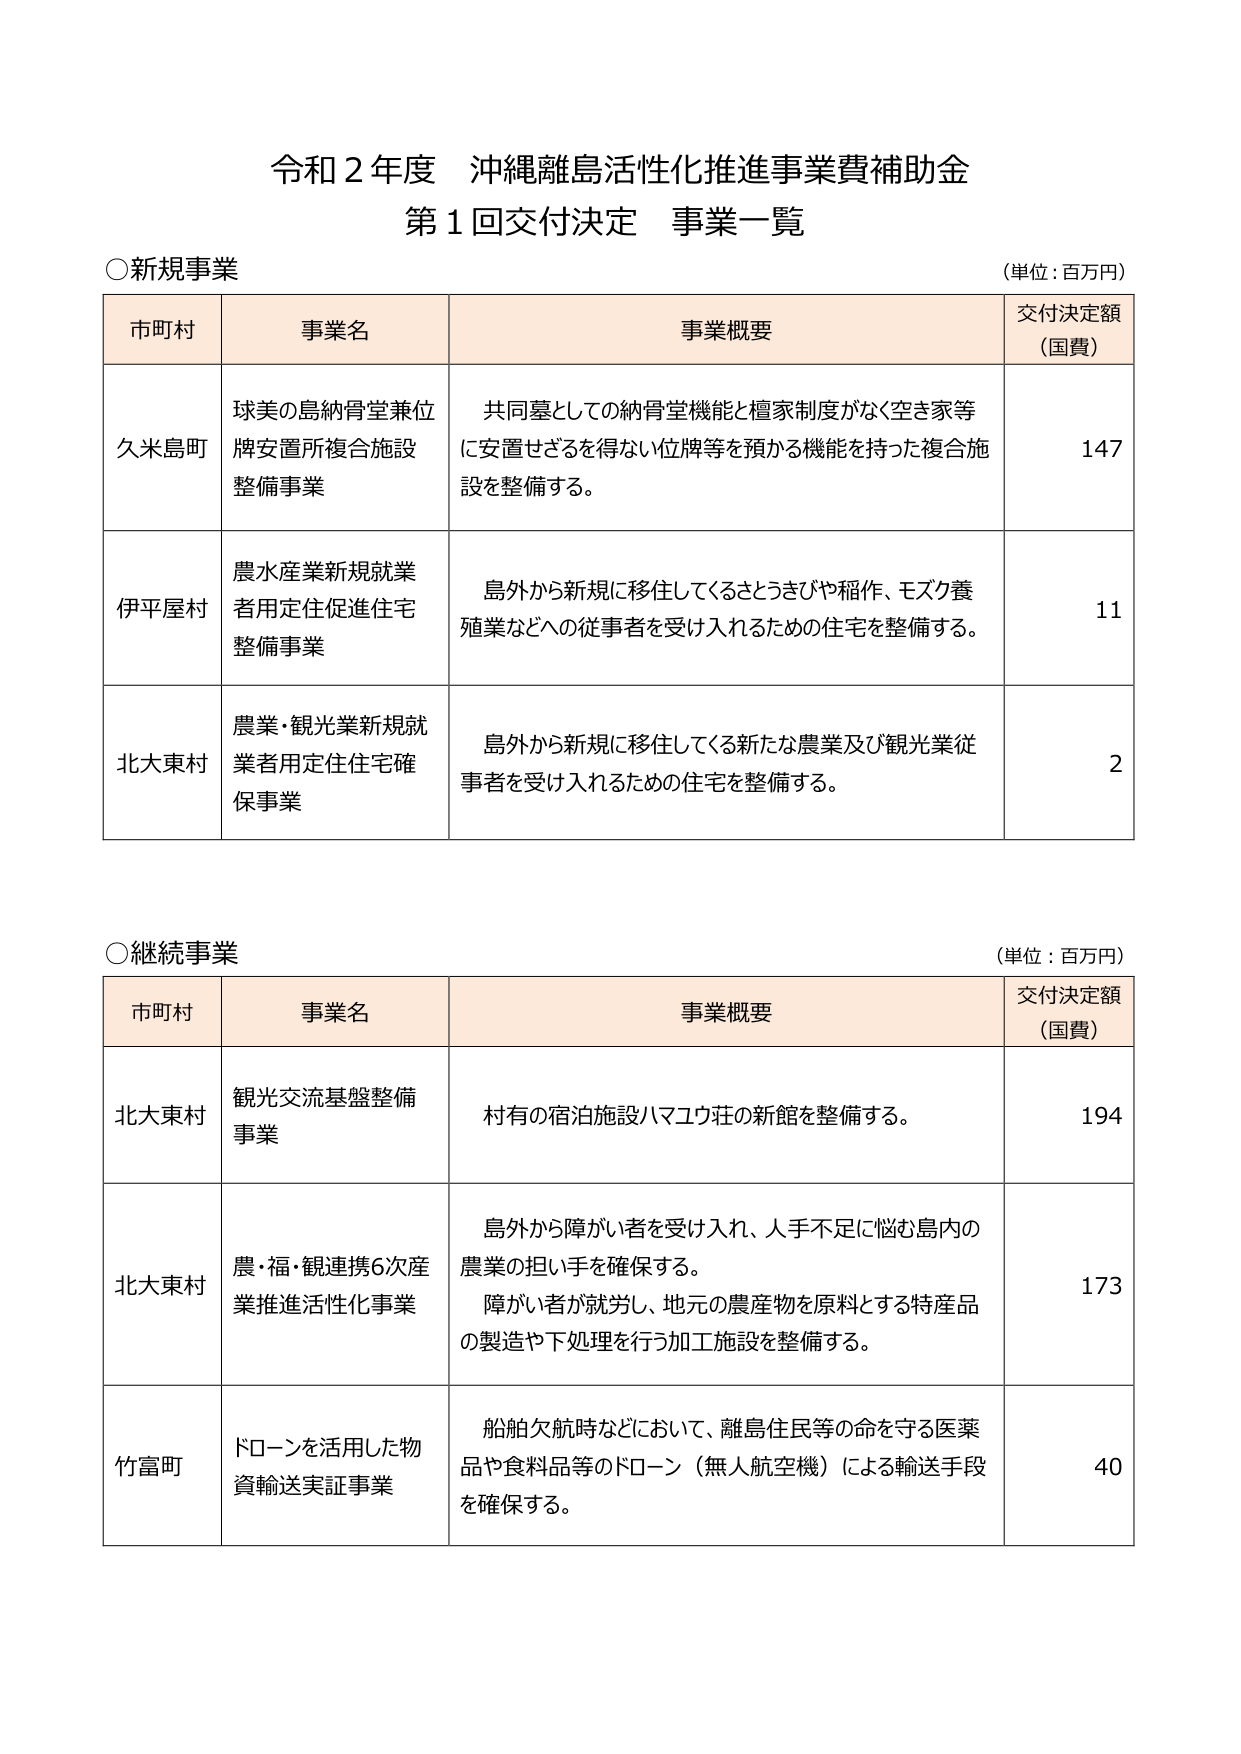
令和２年度 沖縄離島活性化推進事業費補助金
第１回交付決定 事業一覧

○新規事業
（単位：百万円）

市町村　　事業名　　　　　　　　　　　　　　　　事業概要